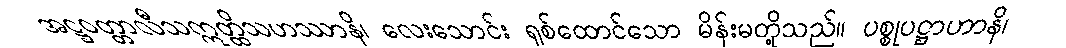
အဋ္ဌဝတ္တာလီသဣတ္ထိသဟဿာနိ၊ လေးသောင်း ရှစ်ထောင်သော မိန်းမတို့သည်။ ပစ္စုပဋ္ဌာဟာနိ၊